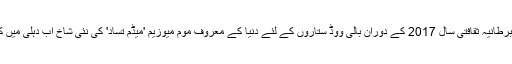
ہندوستان برطانیہ ثقافتی سال 2017 کے دوران بالی ووڈ ستاروں کے لئے دنیا کے معروف موم میوزیم 'میڈم تُساد' کی نئی شاخ اب دہلی میں کھلے گی۔